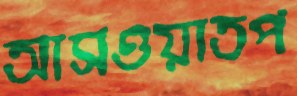
আসওয়াতপ